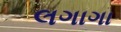
લગાગા